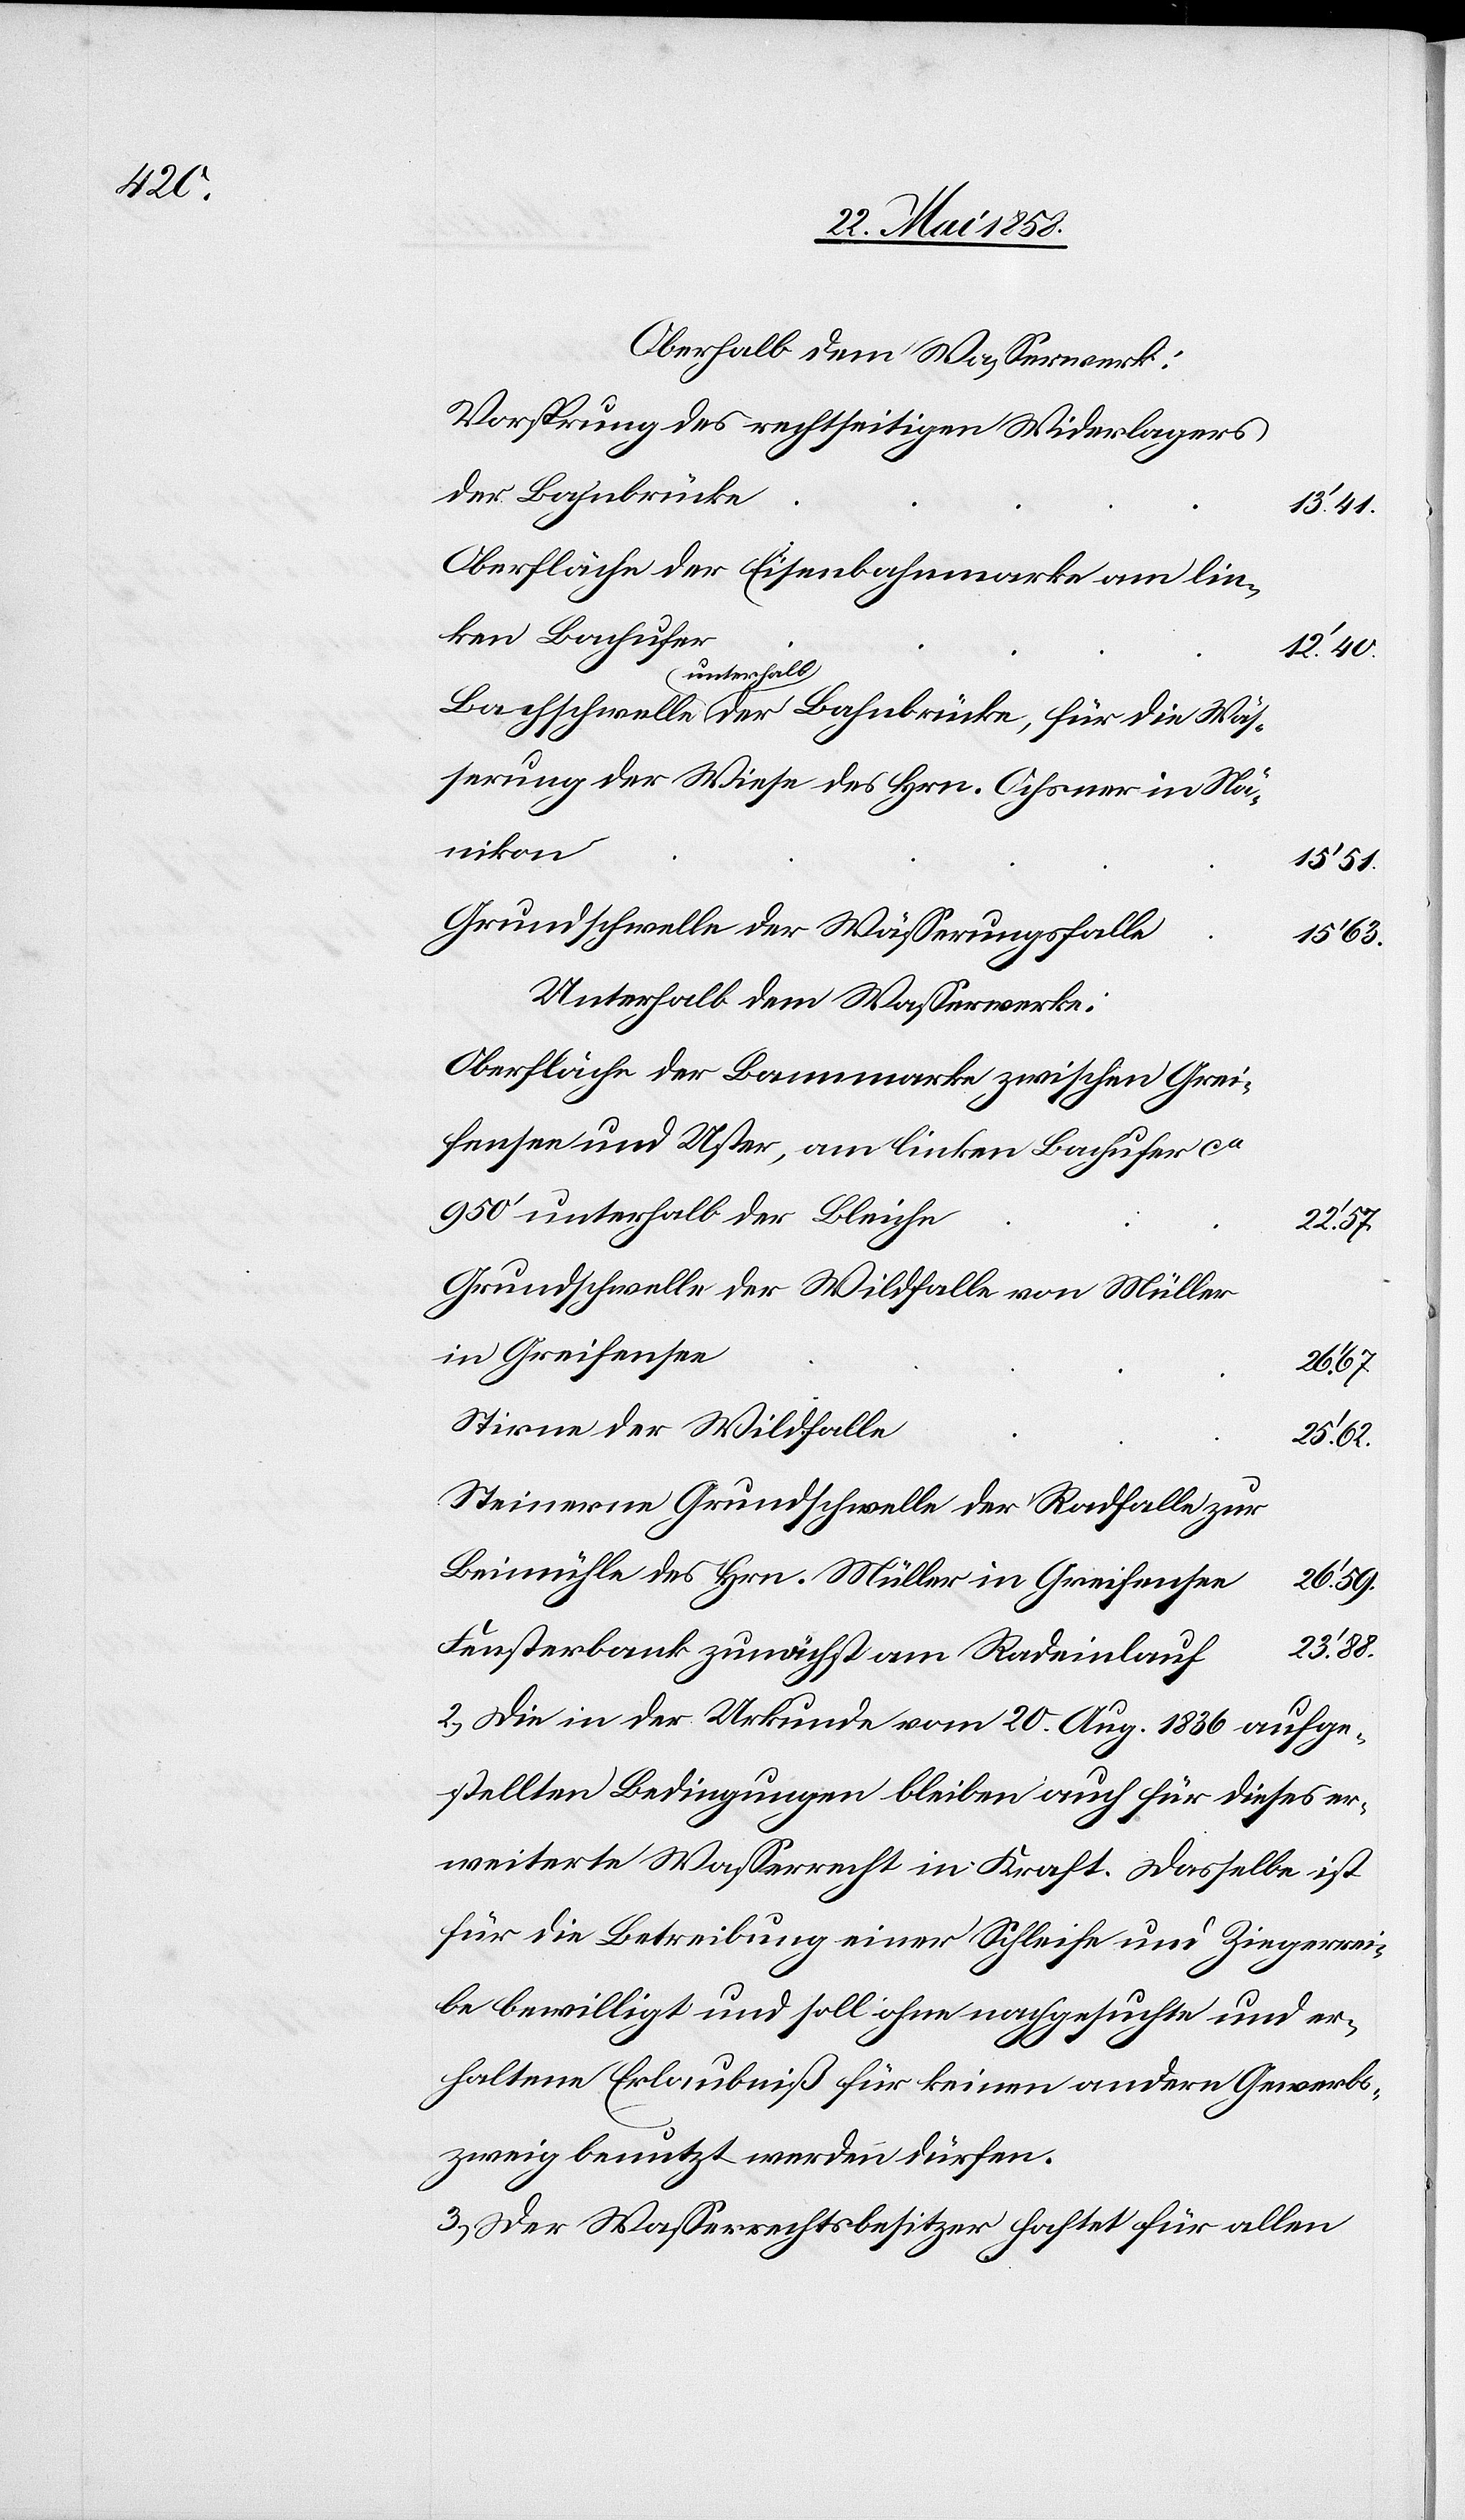
Oberhalb dem Wasserrad:
Vorsprung des rechtseitigen Widerlagers
der Bahnbrücke,
Oberfläche der Eisenbahnmarke am lin¬
ken Bachufer
12’ 40
unterhalb
serung der Wiese des Hrn. Ochsner in Nä¬
nikon
15’ 51
Grundschwelle der Wässerungsfalle
15’ 63
Unterhalb dem Wasserwerke:
Oberfläche der Bannmarke zwischen Grei¬
fensee und Uster, am linken Bachufer ca
950’ unterhalb der Bleiche
22’ 57
Grundschwelle der Wildfalle von Müller
in Greifensee
26’
Stirne der Wildfalle
25’ 62
Steinerne Grundschwelle der Radfalle zur
Beimühle des Hrn. Müller in Greifensee
23’ 88
Fensterbank zunächst am Radeinlauf
2. Die in der Urkunde vom 20. Aug. 1836 aufge¬
stellten Bedingungen bleiben auch für dieses er¬
weiterte Wasserrecht in Kraft. Dasselbe ist
für die Betreibung einer Schleife und Ziegerrei¬
be bewilligt und soll ohne nachgesuchte und er¬
haltene Erlaubniß für keinen andern Gewerbs¬
zweig benutzt werden dürfen.
3. Der Wasserrechtsbesitzer haftet für allen